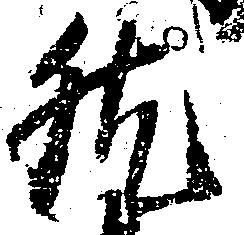
然